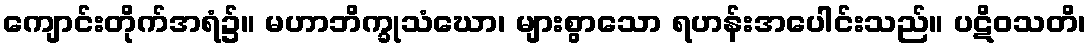
ကျောင်းတိုက်အရံ၌။ မဟာဘိက္ခုသံဃော၊ များစွာသော ရဟန်းအပေါင်းသည်။ ပဋိဝသတိ၊